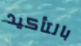
بالتأكيد